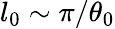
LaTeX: l_{0}\sim\pi/\theta_{0}